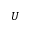
U